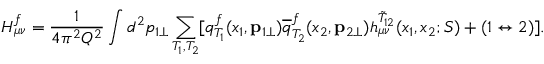
H _ { \mu \nu } ^ { f } = \frac { 1 } { 4 \pi ^ { 2 } Q ^ { 2 } } \int d ^ { 2 } p _ { 1 \perp } \sum _ { T _ { 1 } , T _ { 2 } } [ q _ { T _ { 1 } } ^ { f } ( x _ { 1 } , { \bf p } _ { 1 \perp } ) { \overline { { q } } } _ { T _ { 2 } } ^ { f } ( x _ { 2 } , { \bf p } _ { 2 \perp } ) h _ { \mu \nu } ^ { \tilde { T } _ { 1 2 } } ( x _ { 1 } , x _ { 2 } ; S ) + ( 1 \leftrightarrow 2 ) ] .